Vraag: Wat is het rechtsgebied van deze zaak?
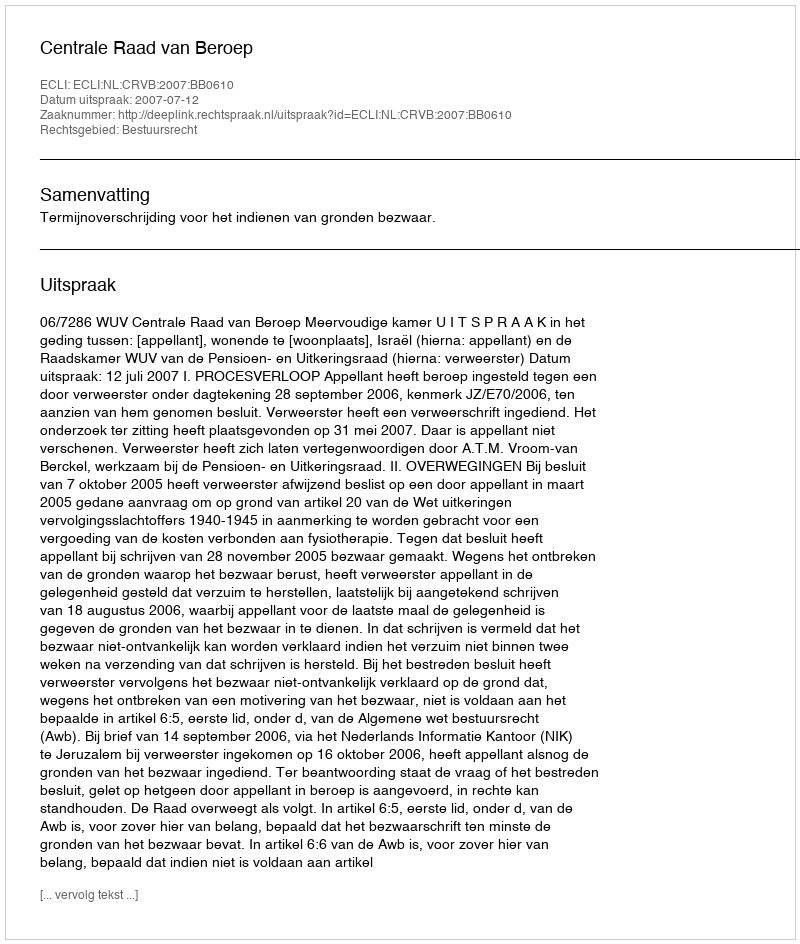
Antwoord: Bestuursrecht